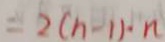
= 2 ( n - 1 ) \cdot n